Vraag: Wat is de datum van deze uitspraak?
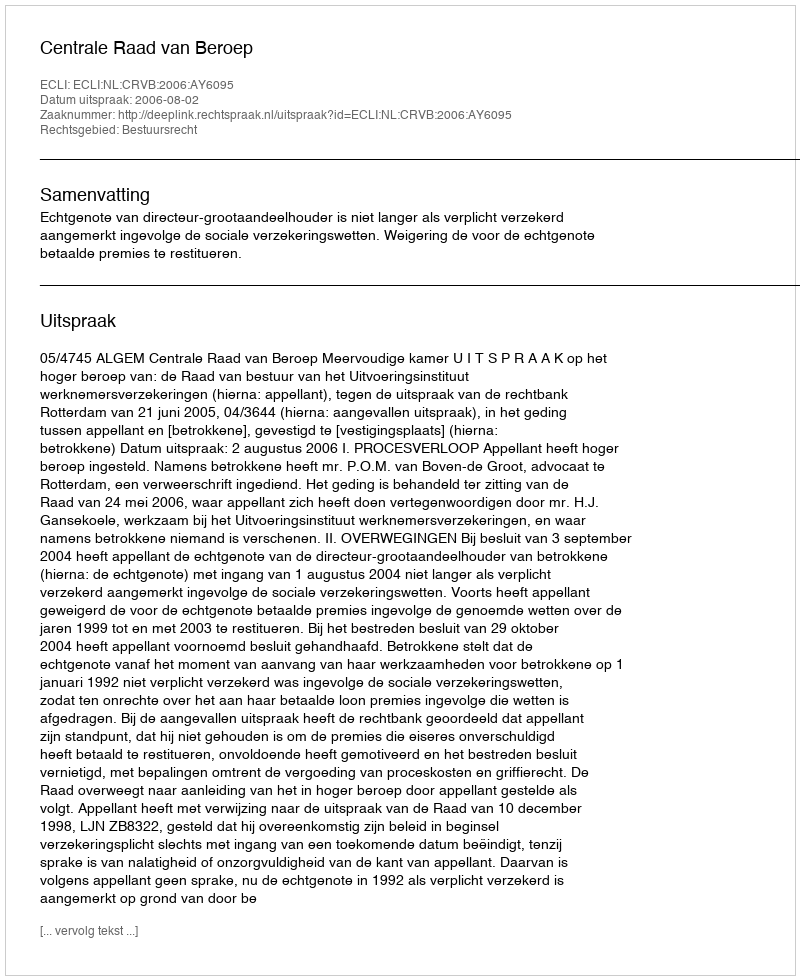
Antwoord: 2006-08-02